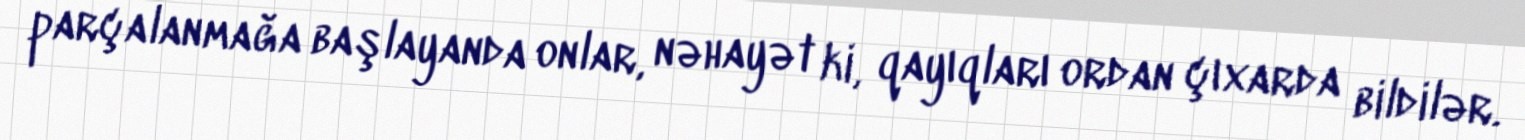
parçalanmağa başlayanda onlar, nəhayət ki, qayıqları ordan çıxarda bildilər.